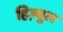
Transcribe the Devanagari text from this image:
हिज़्बुल